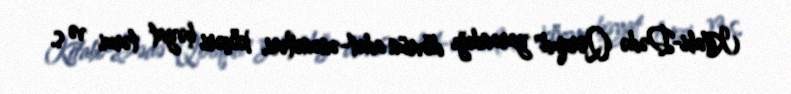
Kitabi-Dədə Qorqud" yarandığı dövrün adət-ənənələri, köçəri həyat tərzi və s.